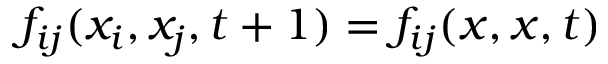
f _ { i j } ( x _ { i } , x _ { j } , t + 1 ) = f _ { i j } ( x , x , t )